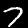
Digit: 7